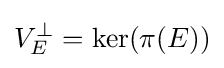
V_{E}^{\perp }=\ker(\pi (E))